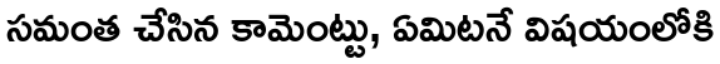
సమంత చేసిన కామెంట్టు, ఏమిటనే విషయంలోకి